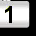
Digit: 1